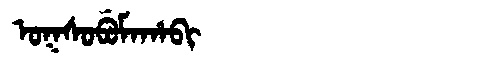
Manchu: ᠣᡴᠰᠣᠪᡠᠮᠠᡥᠠᠪᡳ
Romanization: OKSOBUMAHABI